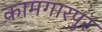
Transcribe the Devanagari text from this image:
कामगारपुर